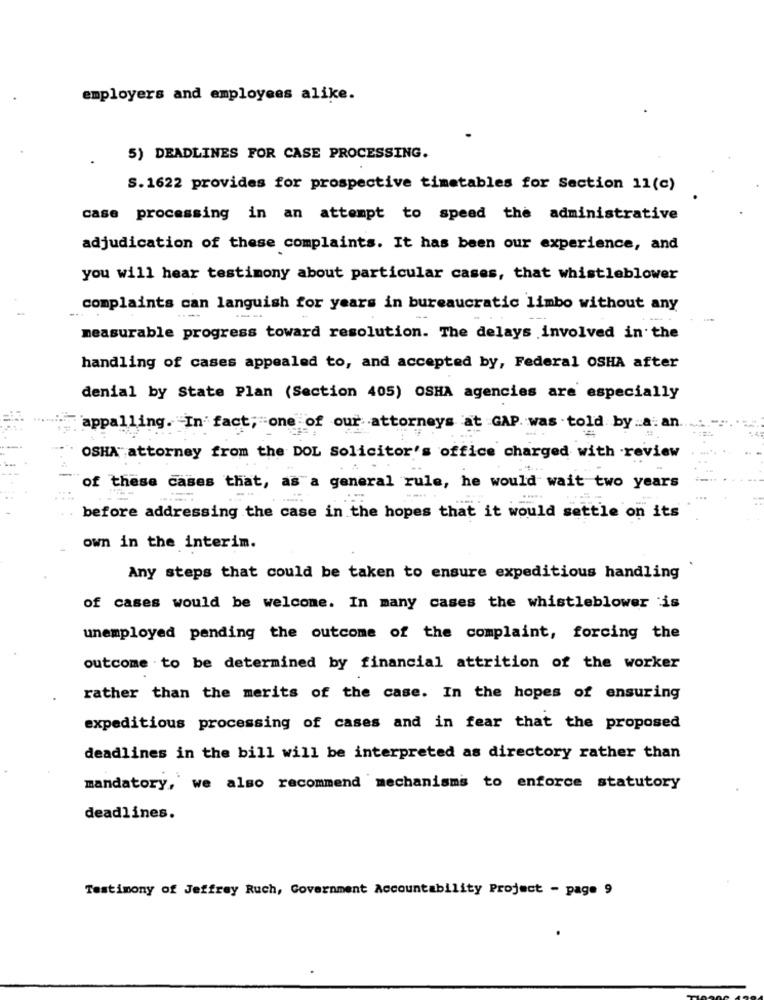
employers and employees alike.
5) DEADLINES FOR CASE PROCESSING.
S. 1622 provides for prospective timetables for Section 11(c)
case processing in an attempt to speed the administrative
adjudication of these complaints. It has been our experience, and
you will hear testimony about particular cases, that whistleblower
complaints can languish for years in bureaucratic limbo without any
measurable progress toward resolution. The delays involved in the
handling of cases appealed to, and accepted by, Federal OSHA after
denial by State Plan (Section 405) OSHA agencies are especially
appalling. In fact, one of our attorneys at GAP was told by a: an
OSHA attorney from the DOL Solicitor's office charged with review
of these cases that, as a general rule, he would wait two years
--
before addressing the case in the hopes that it would settle on its
own in the interim.
Any steps that could be taken to ensure expeditious handling
of cases would be welcome. In many cases the whistleblower is
unemployed pending the outcome of the complaint, forcing the
outcome . to be determined by financial attrition of the worker
rather than the merits of the case. In the hopes of ensuring
expeditious processing of cases and in fear that the proposed
deadlines in the bill will be interpreted as directory rather than
mandatory, we also recommend mechanisms to enforce statutory
deadlines.
Testimony of Jeffrey Ruch, Government Accountability Project - page 9